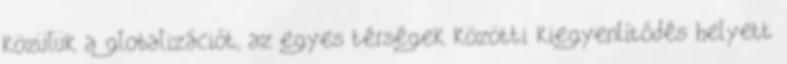
közülük a globalizációt, az egyes térségek közötti kiegyenlítődés helyett